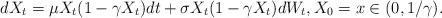
LaTeX: \begin{align*}dX_t=\mu X_t(1-\gamma X_t)dt + \sigma X_t (1-\gamma X_t)dW_t,X_0=x\in (0,1/\gamma).\end{align*}